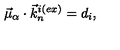
\vec { \mu } _ { \alpha } \cdot { { \vec { k } } _ { n } } ^ { i ( e x ) } = d _ { i } ,